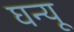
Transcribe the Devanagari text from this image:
घन्यू